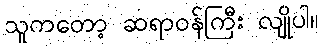
သူကတော့ ဆရာဝန်ကြီး လျိုပါ။